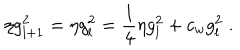
LaTeX: \eta g _ { l + 1 } ^ { 2 } = \eta g _ { l } ^ { 2 } = { \frac { 1 } { 4 } } \eta g _ { l } ^ { 2 } + c _ { w } g _ { l } ^ { 2 } \; .